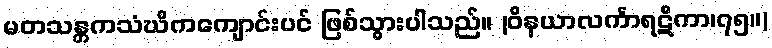
မတသန္တကသံဃိကကျောင်းပင် ဖြစ်သွားပါသည်။ (ဝိနယာလင်္ကာရဋီကာ၊၇၅။)